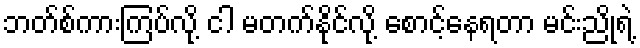
ဘတ်စ်ကားကြပ်လို့ ငါ မတက်နိုင်လို့ စောင့်နေရတာ မင်းညိုရဲ့